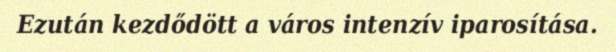
Ezután kezdődött a város intenzív iparosítása.